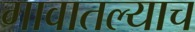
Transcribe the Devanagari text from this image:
गावातल्याच